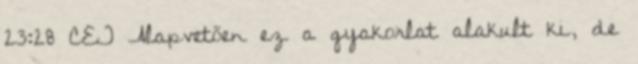
23:28 CET Alapvetően ez a gyakorlat alakult ki, de